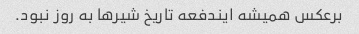
برعکس همیشه ایندفعه تاریخ شیرها به روز نبود.